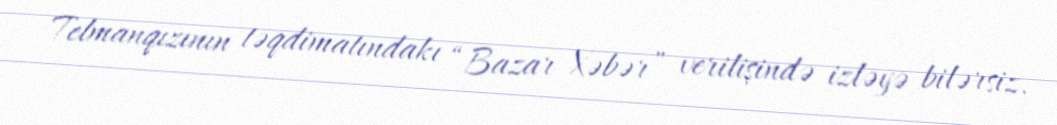
Telmanqızının təqdimatındakı “Bazar Xəbər” verilişində izləyə bilərsiz.